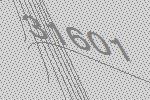
31601